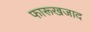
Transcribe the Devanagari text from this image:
फारूखजाद